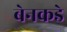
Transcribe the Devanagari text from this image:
बेनकडे